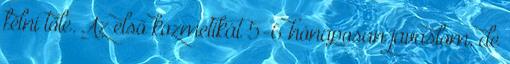
félni tőle. Az első kozmetikát 5-6 hónaposan javaslom, de